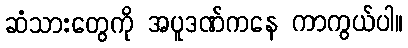
ဆံသားတွေကို အပူဒဏ်ကနေ ကာကွယ်ပါ။